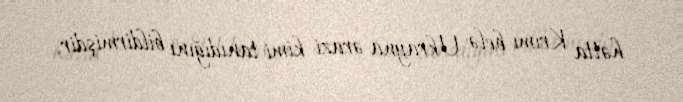
hətta Krımı belə Ukrayna ərazi kimi tanıdığını bildirmişdir.